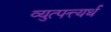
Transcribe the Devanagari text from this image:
व्युत्पत्त्यर्थ